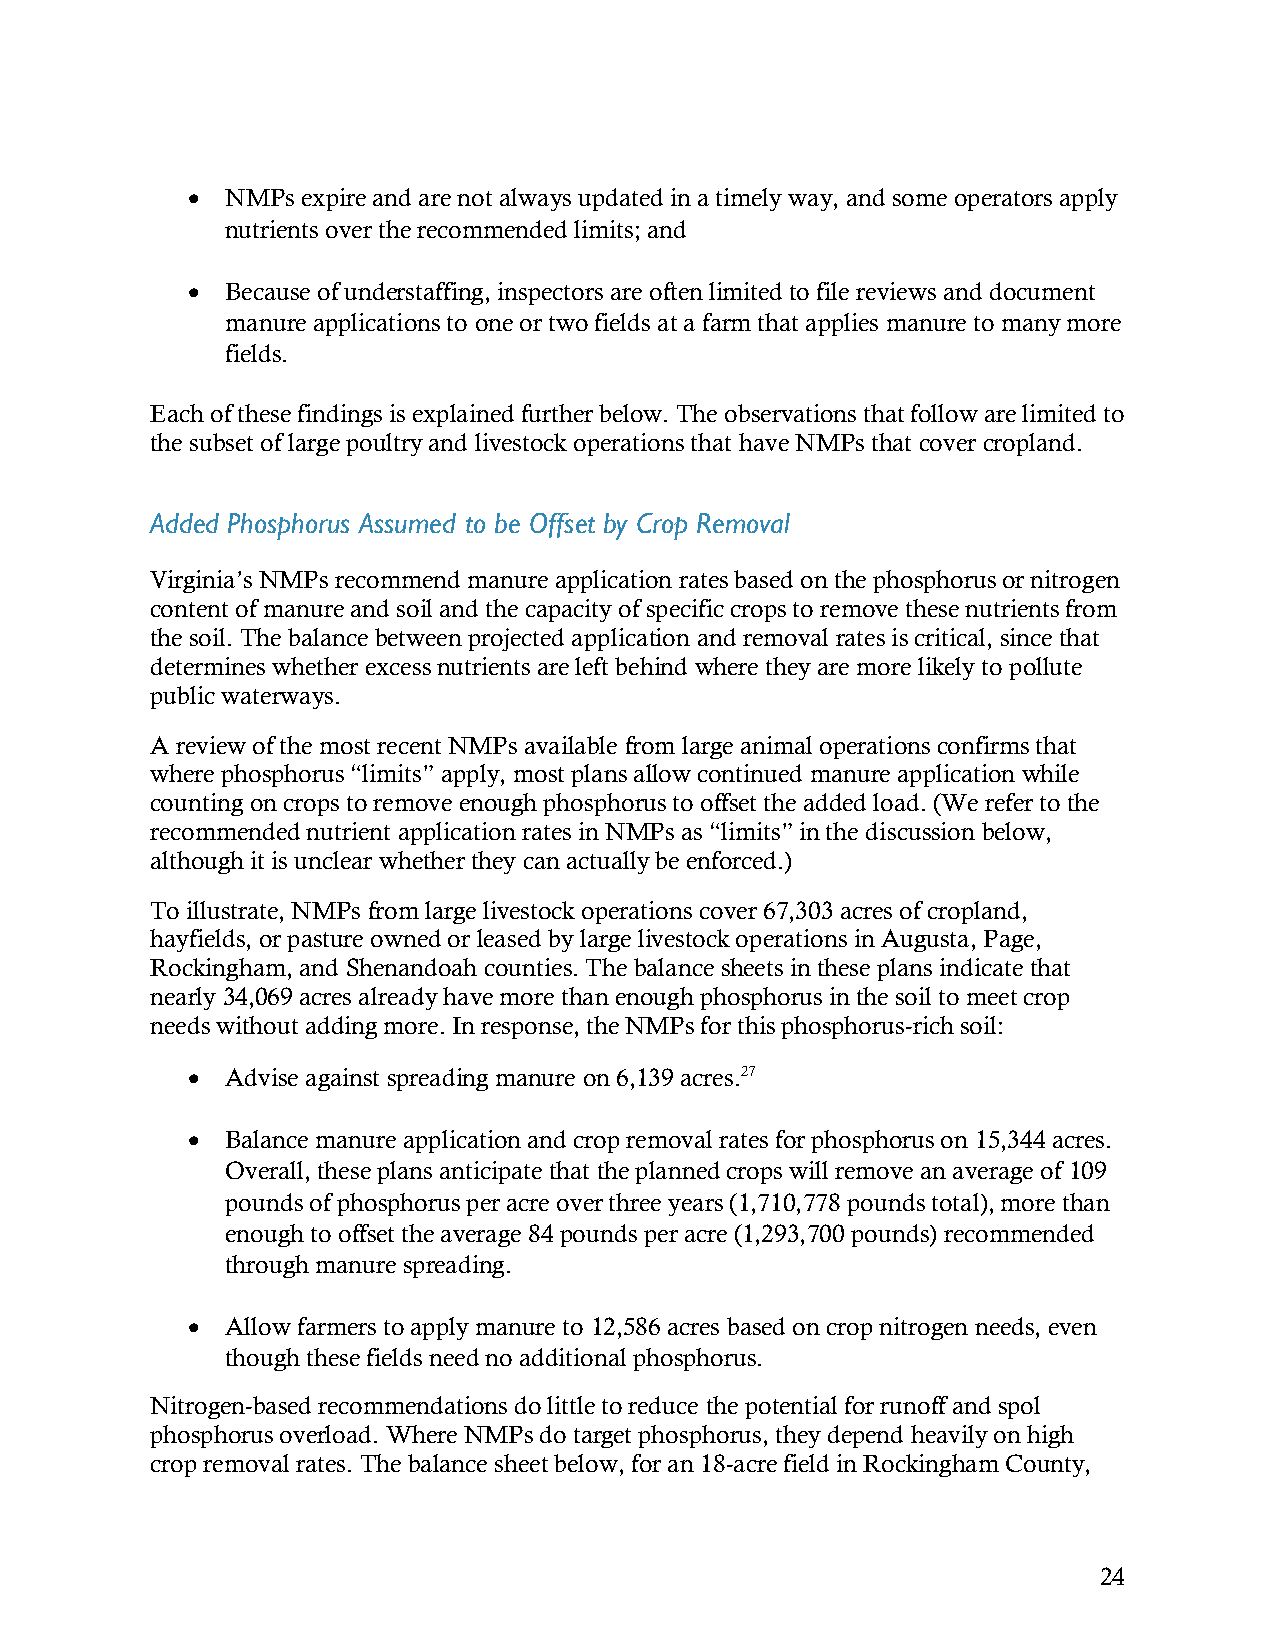
  NMPs expire and are not always updated in a timely way, and some operators apply
 nutrients over the recommended limits; and
   Because of understaffing, inspectors are often limited to file reviews and document
 manure applications to one or two fields at a farm that applies manure to many more
 fields.
 Each of these findings is explained further below. The observations that follow are limited to
 the subset of large poultry and livestock operations that have NMPs that cover cropland.
 Added Phosphorus Assumed to be Offset by Crop Removal
 Virginia’s NMPs recommend manure application rates based on the phosphorus or nitrogen
 content of manure and soil and the capacity of specific crops to remove these nutrients from
 the soil. The balance between projected application and removal rates is critical, since that
 determines whether excess nutrients are left behind where they are more likely to pollute
 public waterways.
 A review of the most recent NMPs available from large animal operations confirms that
 where phosphorus “limits” apply, most plans allow continued manure application while
 counting on crops to remove enough phosphorus to offset the added load. (We refer to the
 recommended nutrient application rates in NMPs as “limits” in the discussion below,
 although it is unclear whether they can actually be enforced.)
 To illustrate, NMPs from large livestock operations cover 67,303 acres of cropland,
 hayfields, or pasture owned or leased by large livestock operations in Augusta, Page,
 Rockingham, and Shenandoah counties. The balance sheets in these plans indicate that
 nearly 34,069 acres already have more than enough phosphorus in the soil to meet crop
 needs without adding more. In response, the NMPs for this phosphorus-rich soil:
   Advise against spreading manure on 6,139 acres.27
   Balance manure application and crop removal rates for phosphorus on 15,344 acres.
 Overall, these plans anticipate that the planned crops will remove an average of 109
 pounds of phosphorus per acre over three years (1,710,778 pounds total), more than
 enough to offset the average 84 pounds per acre (1,293,700 pounds) recommended
 through manure spreading.
   Allow farmers to apply manure to 12,586 acres based on crop nitrogen needs, even
 though these fields need no additional phosphorus.
 Nitrogen-based recommendations do little to reduce the potential for runoff and spol
 phosphorus overload. Where NMPs do target phosphorus, they depend heavily on high
 crop removal rates. The balance sheet below, for an 18-acre field in Rockingham County,
 24